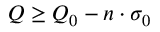
Q \geq Q _ { 0 } - n \cdot \sigma _ { 0 }